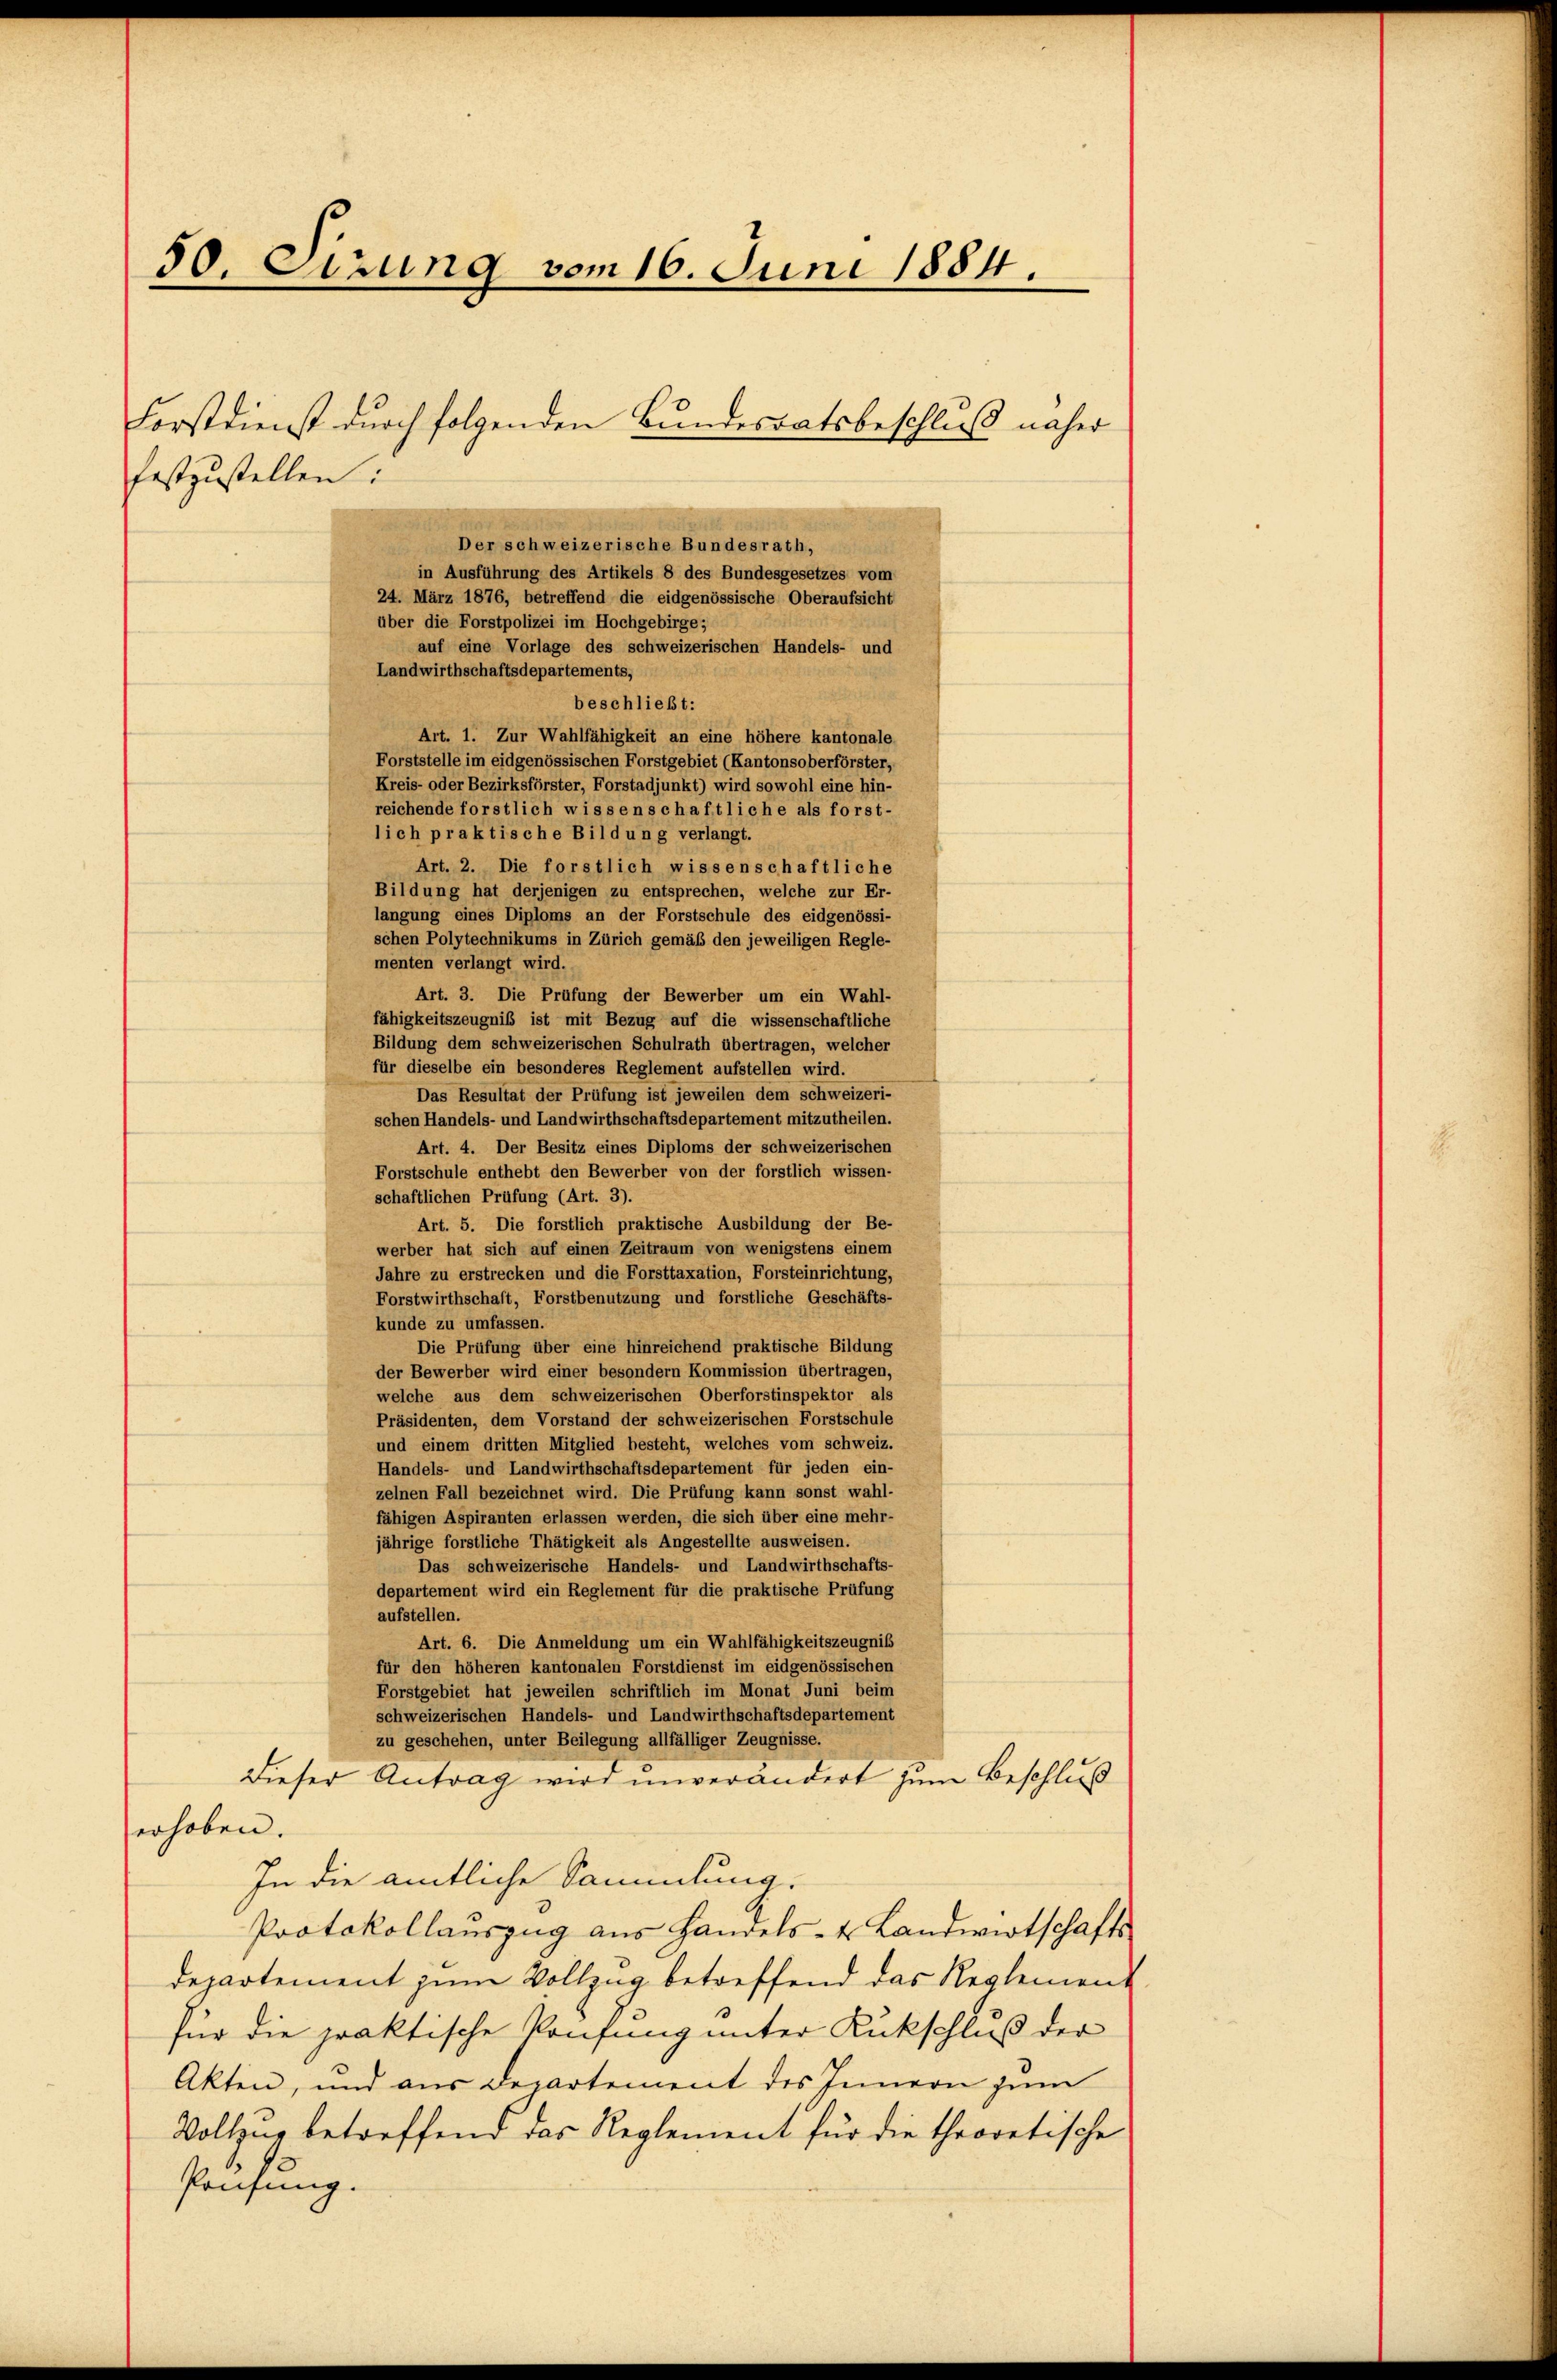
50. Sizung vom 16. Juni 1884.

festzustellen:
Der schweizerische Bundesrath,
in Ausführung des Artikels 8 des Bundesgesetzes vom
24. März 1876, betreffend die eidgenössische Oberaufsicht
über die Forstpolizei im Hochgebirge;
auf eine Vorlage des schweizerischen Handels- und
Landwirthschaftsdepartements,
beschließt:
Art. 1. Zur Wahlfähigkeit an eine höhere kantonale
Forststelle im eidgenössischen Forstgebiet (Kantonsoberförster,
Kreis- oder Bezirksförster, Forstadjunkt) wird sowohl eine hin-
reichende forstlich wissenschaftliche als forst-
lich praktische Bildung verlangt.
Art. 2. Die forstlich wissenschaftliche
Bildung hat derjenigen zu entsprechen, welche zur Er-
langung eines Diploms an der Forstschule des eidgenössi-
schen Polytechnikums in Zürich gemäß den jeweiligen Regle-
menten verlangt wird.
Art. 3. Die Prüfung der Bewerber um ein Wahl-
fähigkeitszeugniß ist mit Bezug auf die wissenschaftliche
Bildung dem schweizerischen Schulrath übertragen, welcher
für dieselbe ein besonderes Reglement aufstellen wird.
Das Resultat der Prüfung ist jeweilen dem schweizeri-
schen Handels- und Landwirthschaftsdepartement mitzutheilen.
Art. 4. Der Besitz eines Diploms der schweizerischen
Forstschule enthebt den Bewerber von der forstlich wissen-
schaftlichen Prüfung (Art. 3).
Art. 5. Die forstlich praktische Ausbildung der Be-
werber hat sich auf einen Zeitraum von wenigstens einem
Jahre zu erstrecken und die Forsttaxation, Forsteinrichtung,
Forstwirthschaft, Forstbenutzung und forstliche Geschäfts-
kunde zu umfassen.
Die Prüfung über eine hinreichend praktische Bildung
der Bewerber wird einer besondern Kommission übertragen,
welche aus dem schweizerischen Oberforstinspektor als
Präsidenten, dem Vorstand der schweizerischen Forstschule
und einem dritten Mitglied besteht, welches vom schweiz.
Handels- und Landwirthschaftsdepartement für jeden ein-
zelnen Fall bezeichnet wird. Die Prüfung kann sonst wahl-
fähigen Aspiranten erlassen werden, die sich über eine mehr-
jährige forstliche Thätigkeit als Angestellte ausweisen.
Das schweizerische Handels- und Landwirthschafts-
departement wird ein Reglement für die praktische Prüfung
aufstellen.
Art. 6. Die Anmeldung um ein Wahlfähigkeitszeugnis
für den höheren kantonalen Forstdienst im eidgenössischen
Forstgebiet hat jeweilen schriftlich im Monat Juni beim
schweizerischen Handels- und Landwirthschaftsdepartement
zu geschehen, unter Beilegung allfälliger Zeugnisse.
Dieser Antrag wird unverändert zum Beschluß
erhoben.
In die amtliche Sammlung.
Protokollauszug aus Handels- u. Landwirtschafts-
departement zum Vollzug betreffend das Reglement
für die praktische Konsung unter Rückschluß der
Akten, und aus Departement des Innern zum
Vollzug betreffend das Reglement für die theoretische
Prüfung.

Forstdienst durch folgenden Bundesratsbeschluß näher